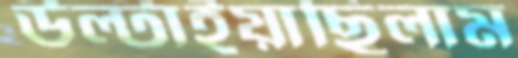
উল্‌টাইয়াছিলাম